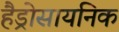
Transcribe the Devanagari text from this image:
हैड्रोसायनिक